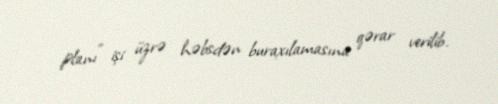
planı" işi üzrə həbsdən buraxılamasına qərar verilib.